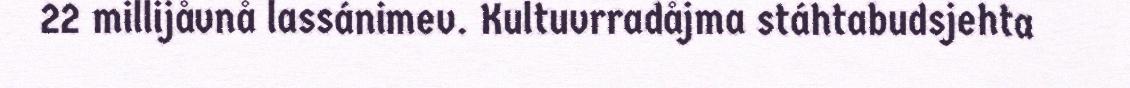
22 millijåvnå lassánimev. Kultuvrradåjma stáhtabudsjehta